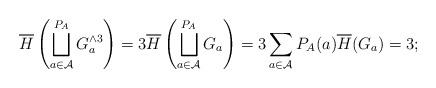
LaTeX: \begin{align*} \overline{H}\left(\bigsqcup_{a \in \mathcal{A}}^{P_A} G_a^{\wedge 3}\right) = 3 \overline{H}\left(\bigsqcup_{a \in \mathcal{A}}^{P_A} G_a\right) = 3\sum_{a \in \mathcal{A}} P_A(a) \overline{H}(G_a) = 3; \end{align*}